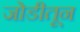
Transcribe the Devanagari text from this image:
जोडीतून